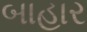
બાહાર